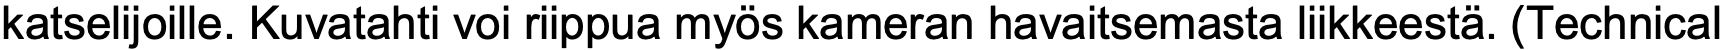
katselijoille. Kuvatahti voi riippua myös kameran havaitsemasta liikkeestä. (Technical